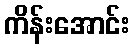
ကိန်းအောင်း